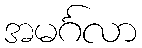
အမင်္ဂလာ